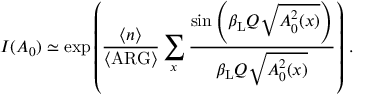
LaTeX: I ( A _ { 0 } ) \simeq \exp \left( \frac { \langle n \rangle } { \langle \mathrm { A R G } \rangle } \sum _ { x } \frac { \sin \left( \beta _ { \mathrm { L } } Q \sqrt { A _ { 0 } ^ { 2 } ( x ) } \right) } { \beta _ { \mathrm { L } } Q \sqrt { A _ { 0 } ^ { 2 } ( x ) } } \right) \, .